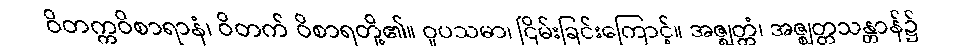
ဝိတက္ကဝိစာရာနံ၊ ဝိတက် ဝိစာရတို့၏။ ဝူပသမာ၊ ငြိမ်းခြင်းကြောင့်။ အဇ္ဈတ္တံ၊ အဇ္ဈတ္တသန္တာန်၌